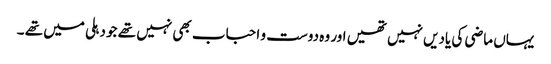
یہاں ماضی کی یادیں نہیں تھیں اور وہ دوست و احباب بھی نہیں تھے جو دہلی میں تھے ۔